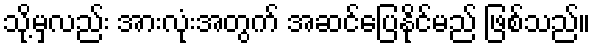
သို့မှလည်း အားလုံးအတွက် အဆင်ပြေနိုင်မည် ဖြစ်သည်။